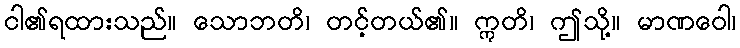
ငါ၏ရထားသည်။ သောဘတိ၊ တင့်တယ်၏။ ဣတိ၊ ဤသို့။ မာဏဝေါ၊